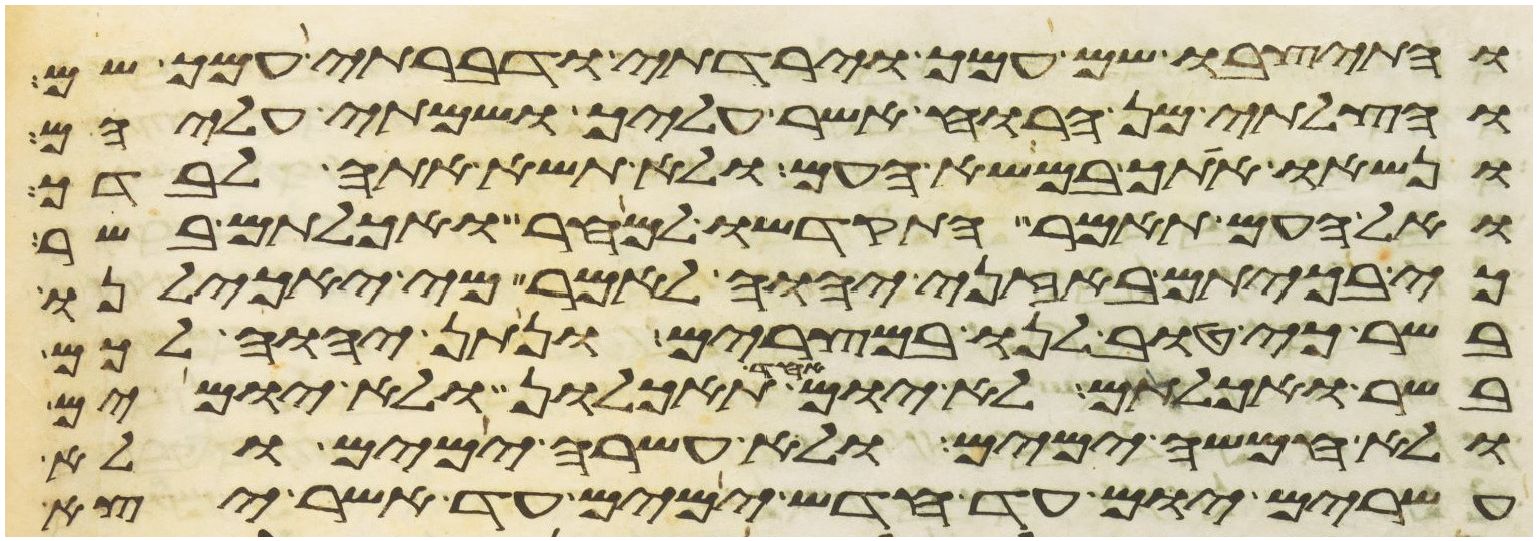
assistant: והתיצבו שם עמך וירדתי ודברתי עמך שם
והצלתי מן הרוח אשר עליך ושמתי עליהם
ונשאו אתך במשא העם ולא תשא אתה לבדך
ואל העם תאמר התקדשו למחר ואכלתם בשר
כי בכיתם באזני יהוה לאמר מי יאכילנו
בשר כי טוב לנו במצרים ונתן יהוה לכם
בשר ואכלתם לא יום אחד תאכלון ולא יומים
ולא חמשה ימים ולא עשרה ימים ולא
עשרים יום עד חדש ימים עד אשר יצא